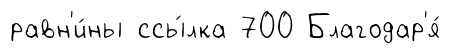
равн'и́ны ссы́лка 700 Благодар'я́